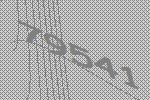
79541